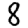
Digit: 8